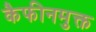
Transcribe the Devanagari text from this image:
कैफीनमुक्त